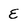
Character: E